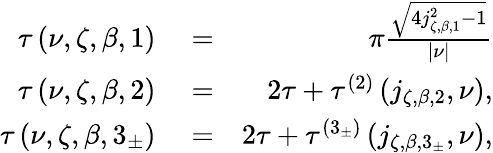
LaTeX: \begin{array}{rlr}{\tau\left(\nu,\zeta,\beta,1\right)}&{{}=}&{\pi\frac{\sqrt{4j_{\zeta,\beta,1}^{2}-1}}{\left\vert\nu\right\vert}}\\ {\tau\left(\nu,\zeta,\beta,2\right)}&{{}=}&{2\tau+\tau^{\left(2\right)}\left(j_{\zeta,\beta,2},\nu\right),}\\ {\tau\left(\nu,\zeta,\beta,3_{\pm}\right)}&{{}=}&{2\tau+\tau^{\left(3_{\pm}\right)}\left(j_{\zeta,\beta,3_{\pm}},\nu\right),}\end{array}